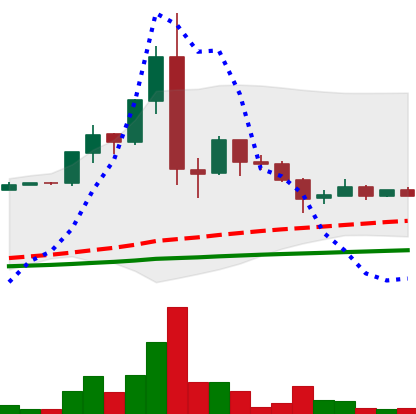
Ticker: LTC-USD
Chart end date: 2015-07-21
Forward return: 23.793%
Label: up_7plus